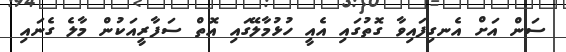
ސަން އަށް އެނގިފައިވާ ގޮތުގައި އެއީ ހުޅުމާލޭގައި އޮތް ސަފާރީއަކުން މާލެ ގެނައި